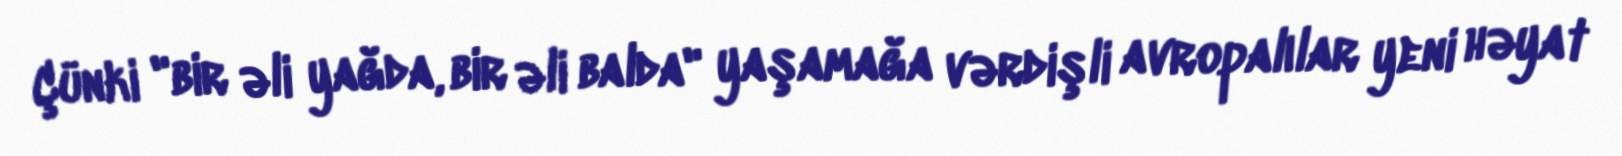
Çünki "bir əli yağda, bir əli balda" yaşamağa vərdişli avropalılar yeni həyat